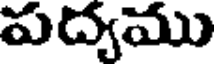
పద్యము